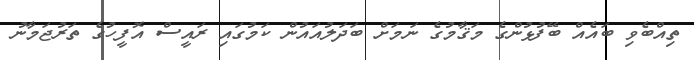
ތިއްބެވި ބައެއް ބޭފުޅުންގެ މަޤާމުގެ ނަމަށް ބަދަލުއައުން ކަމުގައި ރަައީސް އޮފީހުގެ ތަރުޖަމާނު